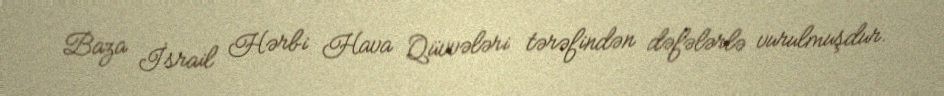
Baza İsrail Hərbi Hava Qüvvələri tərəfindən dəfələrlə vurulmuşdur.